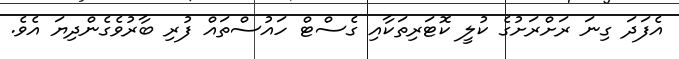
އެފަދަ ގިނަ ރަށްރަށުގެ ކުލީ ކޮޓަރިތަކާއި ގެސްޓް ހައުސްތައް ފުރި ބާރުވެގެންދިޔަ އެވެ.